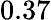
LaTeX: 0.37